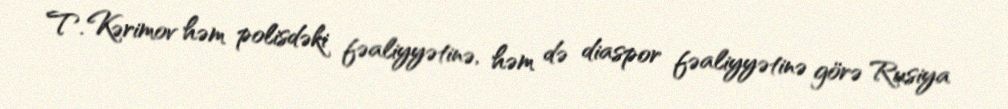
T. Kərimov həm polisdəki fəaliyyətinə, həm də diaspor fəaliyyətinə görə Rusiya